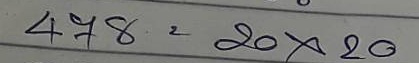
478 = 20 x 20